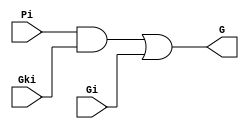
`timescale 1ns / 1ps

module carry_gen (
	input wire Pi, Gi, Gki,
	output wire G
);

	wire w1;

	and (w1, Pi, Gki);

	or (G, w1, Gi);

endmodule